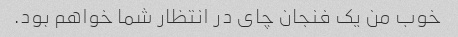
خوب من یک فنجان چای در انتظار شما خواهم بود.